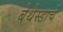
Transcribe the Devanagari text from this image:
बेथेस्डाचे